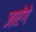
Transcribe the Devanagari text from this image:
जाऐंगे